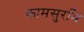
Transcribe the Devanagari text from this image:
कामसुरभि